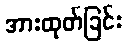
အားထုတ်ခြင်း